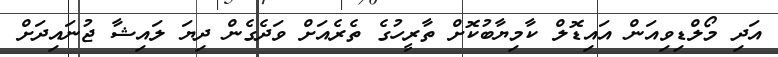
އަދި މޯލްޑިވިއަން އައިޑޮލް ކާމިޔާބުކޮށް ތާރީހުގެ ތެރެއަށް ވަދެގެން ދިޔަ ލައިޝާ ޖުނައިދަށް